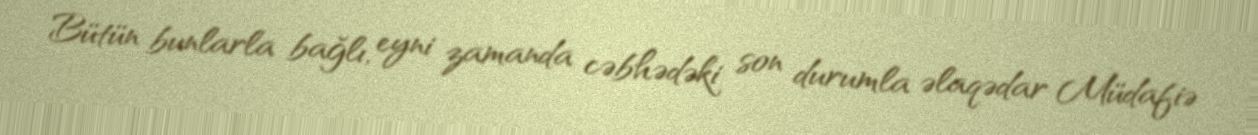
Bütün bunlarla bağlı, eyni zamanda cəbhədəki son durumla əlaqədar Müdafiə